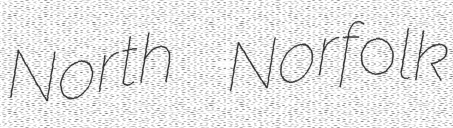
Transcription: North Norfolk